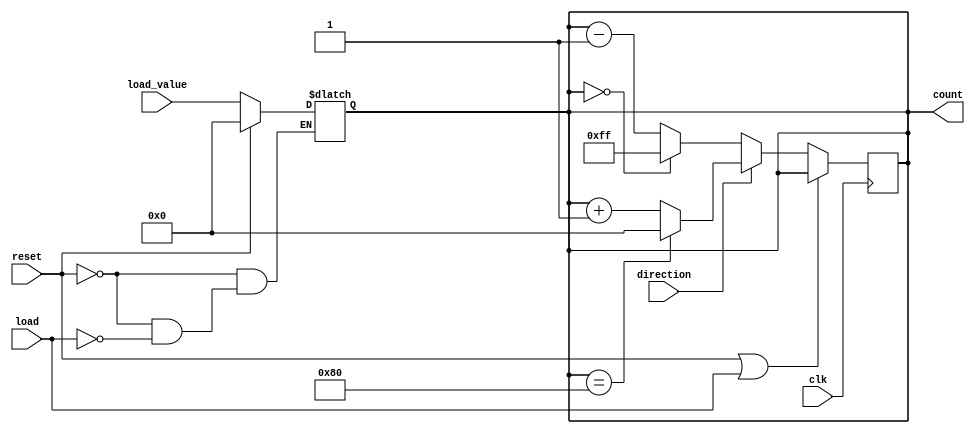
module async_load_counter #(
    parameter WIDTH = 8 // Width of the counter
)(
    input wire clk,                // Clock signal
    input wire load,               // Load signal
    input wire reset,              // Reset signal
    input wire direction,          // Counting direction (1 for up, 0 for down)
    input wire [WIDTH-1:0] load_value, // Value to load into the counter
    output reg [WIDTH-1:0] count   // Current count value
);

    // Asynchronous reset and load
    always @(*) begin
        if (reset) begin
            count = {WIDTH{1'b0}}; // Reset count to 0
        end else if (load) begin
            count = load_value; // Load the specified value
        end
    end

    // Synchronous counting
    always @(posedge clk) begin
        if (!(reset || load)) begin // Only count if not resetting or loading
            if (direction) begin
                // Increment the count, handle overflow
                count <= (count == {1'b1, {WIDTH-1{1'b0}}}) ? {1'b0, {WIDTH-1{1'b0}}} : count + 1;
            end else begin
                // Decrement the count, handle underflow
                count <= (count == {WIDTH{1'b0}}) ? {1'b1, {WIDTH-1{1'b1}}} : count - 1;
            end
        end
    end

endmodule